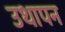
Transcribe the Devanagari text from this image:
उथापन